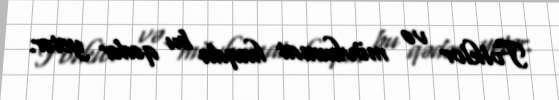
Folklor və mövhumat haqda bu qədər yetər.